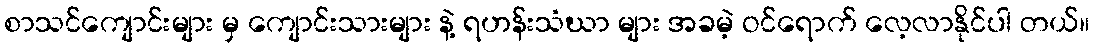
စာသင်ကျောင်းများ မှ ကျောင်းသားများ နဲ့ ရဟန်းသံဃာ များ အခမဲ့ ဝင်ရောက် လေ့လာနိုင်ပါ တယ်။